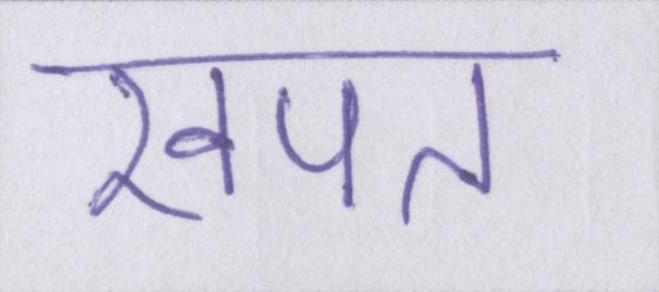
खपत